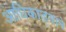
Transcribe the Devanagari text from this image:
आधिकाड़्याने